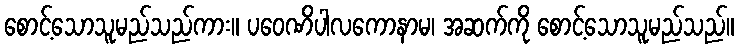
စောင့်သောသူမည်သည်ကား။ ပဝေဏိပါလကောနာမ၊ အဆက်ကို စောင့်သောသူမည်သည်။